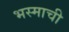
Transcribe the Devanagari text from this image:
भस्माची